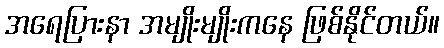
အရေပြားနာ အမျိုးမျိုးကနေ ဖြစ်နိုင်တယ်။